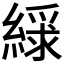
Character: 𫃿